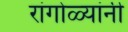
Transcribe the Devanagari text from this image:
रांगोळ्यांनी